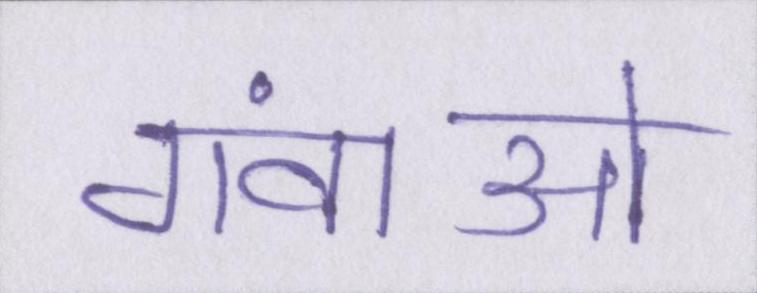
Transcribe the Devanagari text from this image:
गंवाओ